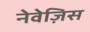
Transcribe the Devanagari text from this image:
नेवेज़िस